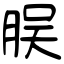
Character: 脵